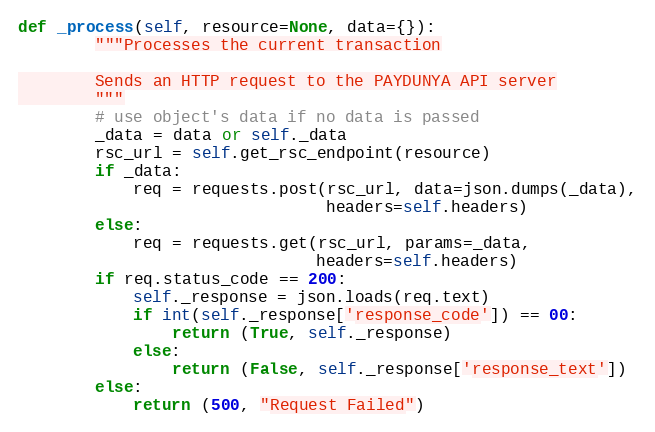
Language: Python
def _process(self, resource=None, data={}):
        """Processes the current transaction

        Sends an HTTP request to the PAYDUNYA API server
        """
        # use object's data if no data is passed
        _data = data or self._data
        rsc_url = self.get_rsc_endpoint(resource)
        if _data:
            req = requests.post(rsc_url, data=json.dumps(_data),
                                headers=self.headers)
        else:
            req = requests.get(rsc_url, params=_data,
                               headers=self.headers)
        if req.status_code == 200:
            self._response = json.loads(req.text)
            if int(self._response['response_code']) == 00:
                return (True, self._response)
            else:
                return (False, self._response['response_text'])
        else:
            return (500, "Request Failed")